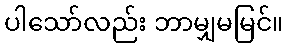
ပါသော်လည်း ဘာမျှမမြင်။